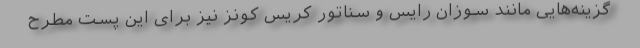
گزینه‌هایی مانند سوزان رایس و سناتور کریس کونز نیز برای این پست مطرح